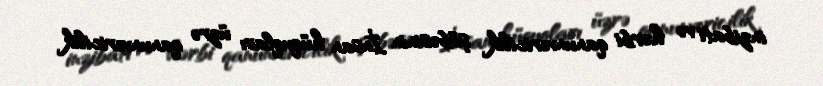
inzibati və hərbi qanunvericilik şöbəsinin İnsan hüquqları üzrə qanunvericilik